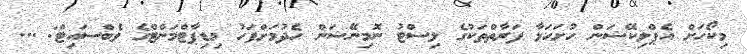
މިކޯހަށް އެޕްލިކޭޝަން ހުށަހަޅާ ފަރާތްތަކުގެ ލިސްޓު ނޮމިނޭޝަން ހެދުމަށްފަހު މިޑިޕާޓްމަންޓްގެ ވެބްސައިޓް: ...